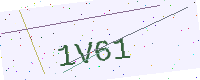
Text: 1V61